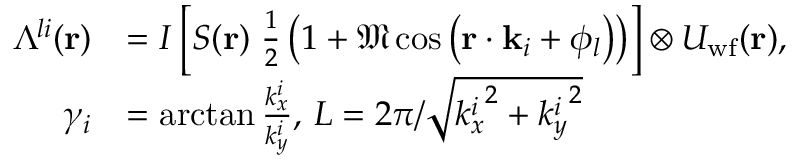
\begin{array} { r l } { \Lambda ^ { l i } ( \mathbf { r } ) } & { = I \left[ S ( \mathbf { r } ) \; \frac { 1 } { 2 } \left( 1 + \mathfrak { M } \cos \left( \mathbf { r } \cdot \mathbf { k } _ { i } + \phi _ { l } \right) \right) \right] \otimes U _ { \mathrm { w f } } ( \mathbf { r } ) , } \\ { \gamma _ { i } } & { = \arctan { \frac { k _ { x } ^ { i } } { k _ { y } ^ { i } } } , \, L = 2 \pi / \sqrt { { k _ { x } ^ { i } } ^ { 2 } + { k _ { y } ^ { i } } ^ { 2 } } } \end{array}